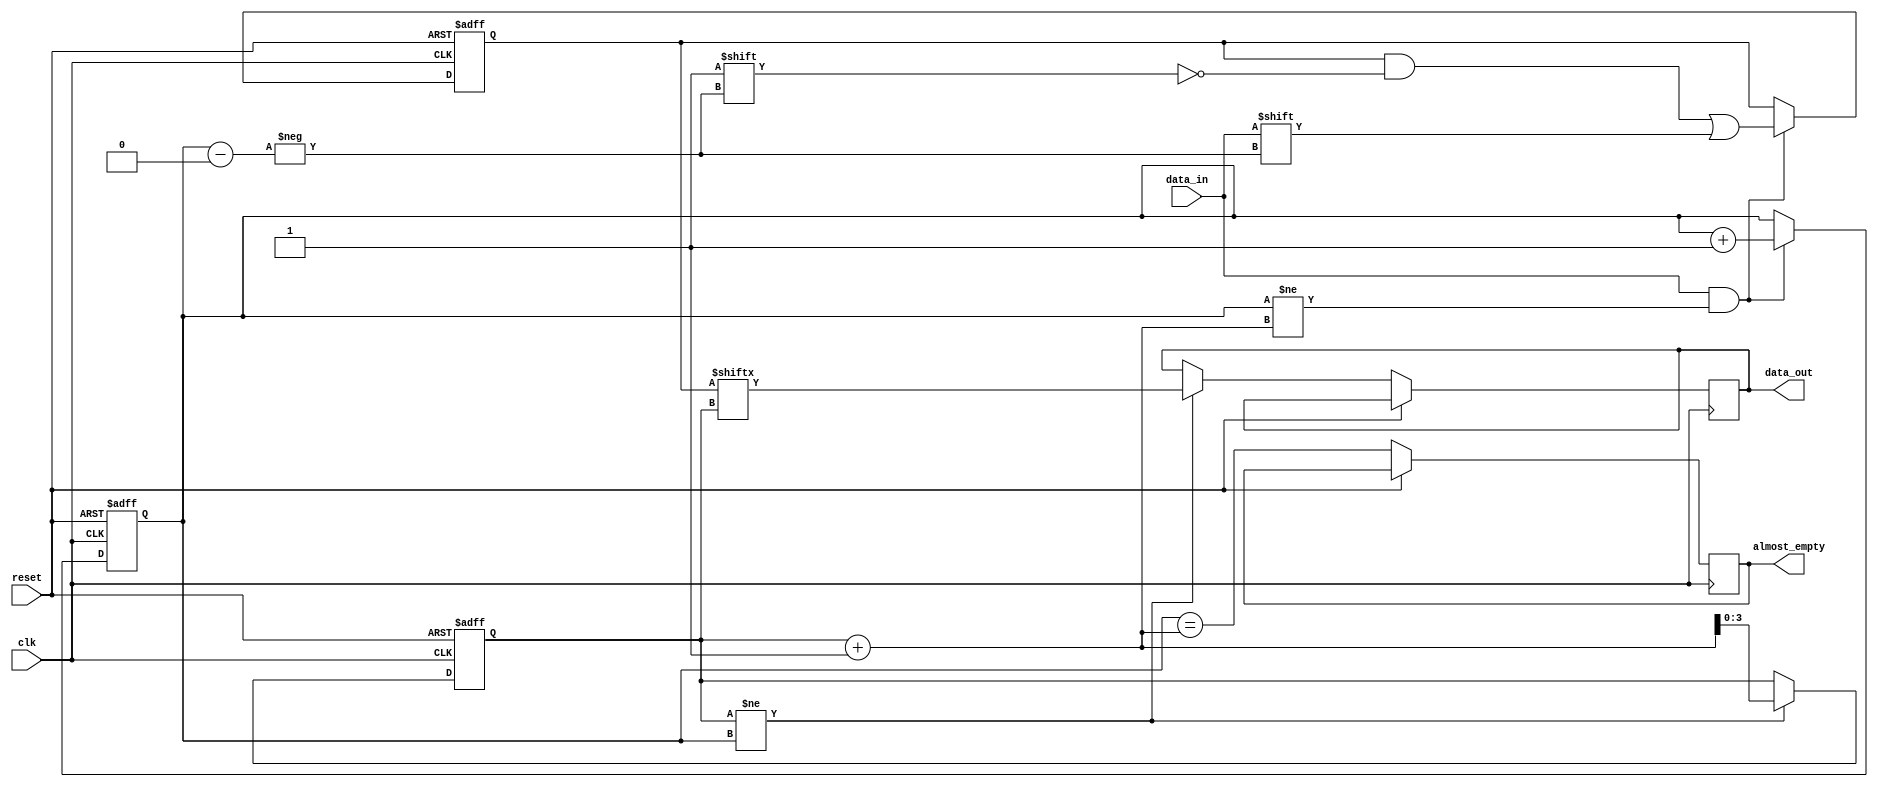
module AlmostEmptyFIFO (
  input wire clk,
  input wire reset,
  input wire data_in,
  output wire data_out,
  output wire almost_empty
);

parameter BUFFER_SIZE = 8; // Set the buffer size to 8 storage locations

reg [BUFFER_SIZE-1:0] buffer;
reg [3:0] write_ptr, read_ptr;

always @(posedge clk or posedge reset) begin
  if (reset) begin
    buffer <= 0;
    write_ptr <= 0;
    read_ptr <= 0;
  end else begin
    if (data_in && write_ptr != read_ptr + 1) begin // Write data if buffer is not full
      buffer[write_ptr] <= data_in;
      write_ptr <= write_ptr + 1;
    end
    if (read_ptr != write_ptr) begin // Read data if buffer is not empty
      data_out <= buffer[read_ptr];
      read_ptr <= read_ptr + 1;
    end
    almost_empty <= (write_ptr == read_ptr + 1);
  end
end

endmodule